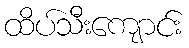
ထိပ်သီးကျောင်း